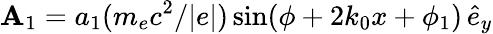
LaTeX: \mathbf{A}_{1}=a_{1}(m_{e}c^{2}/|e|)\sin(\phi+2k_{0}x+\phi_{1})\, \hat{e}_{y}